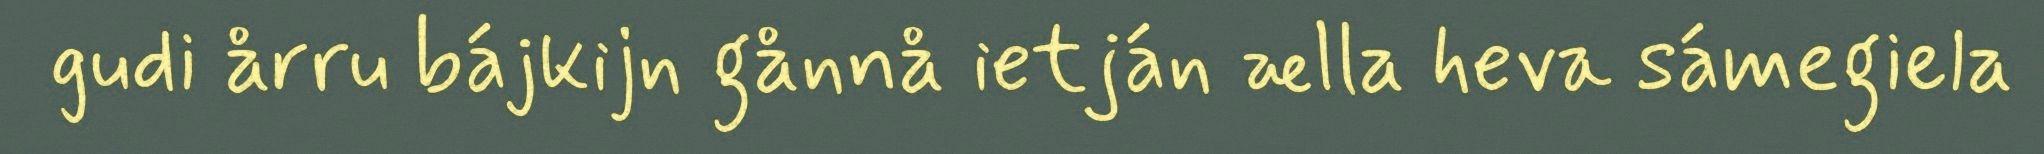
gudi årru bájkijn gånnå ietján ælla heva sámegiela